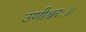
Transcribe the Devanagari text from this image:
उणीश्वरः॥